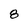
Character: 8